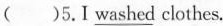
( )5.I \underline{washed} clothes.